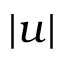
| u |